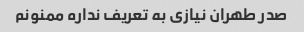
صدر طهران نیازی به تعریف نداره ممنونم